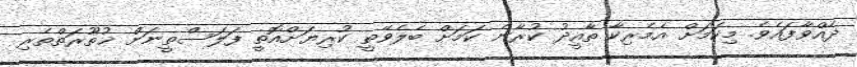
ދެއްވާފައެވެ. މިކަމަށް އެމެރިކާ ތާއީދު ކުރާނެ ކަމަށް ބެލެވޭތީ ކުރިޔަށްއޮތީ ފަލަސްތީނަށް ޚުތޫރަތްތެރި